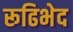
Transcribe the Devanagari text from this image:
रूढिभेद